Medical and sanitary report of the native army of Bengal for the year
Year: 1878
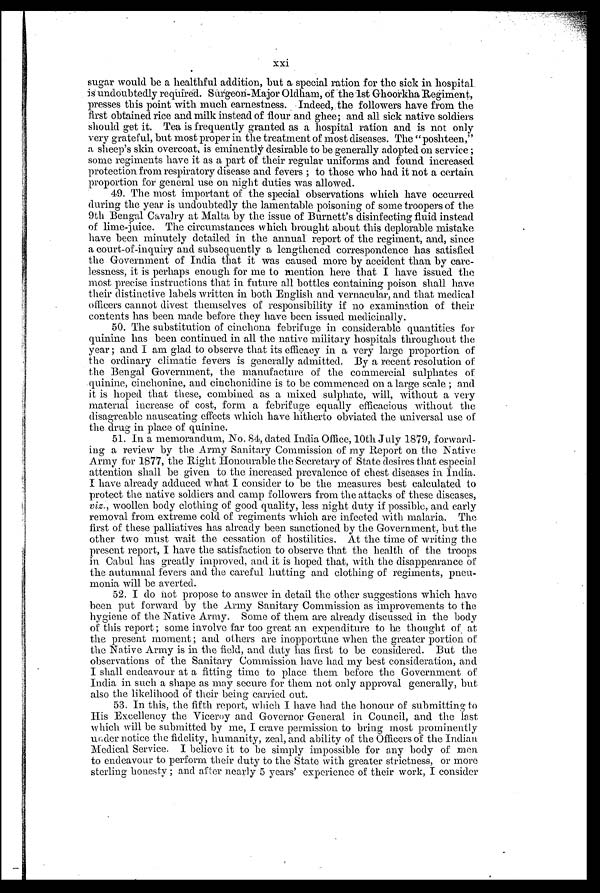
xxi
sugar would be a healthful addition, but a special ration for the sick in hospital
is undoubtedly required. Surgeon-Major Oldham, of the 1.st Ghoorkha Regiment,
presses this point with much earnestness. Indeed, the followers have from the
first obtained rice and milk instead of flour and ghee; and all sick native soldiers
should get it. Tea is frequently granted as a hospital ration and is not only
very grateful, but most proper in the treatment of most diseases. The "poshteen,"
a sheep's skin overcoat, is eminently desirable to be generally adopted on service;
some regiments have it as a part of their regular uniforms and found increased
protection from respiratory disease and fevers; to those who had it not a certain
proportion for general use on night duties was allowed.
49. The most important of the special observations which have occurred
during the year is undoubtedly the lamentable poisoning of some troopers of the
9th Bengal Cavalry at Malta by the issue of Burnett's disinfecting fluid instead
of lime-juice. The circumstances which brought about this deplorable mistake
have been minutely detailed in the annual report of the regiment, and, since
a court-of-inquiry and subsequently a lengthened correspondence has satisfied
the Government of India that it was caused more by accident than by care--
lessness, it is perhaps enough for me to mention here that I have issued the
most precise instructions that in future all bottles containing poison shall have
their distinctive labels written in both English and vernacular, and that medical
officers cannot divest themselves of responsibility if no examination of their
contents has been made before they have been issued medicinally.
50. The substitution of cinchona febrifuge in considerable quantities for
quinine has been continued in all the native military hospitals throughout the
year; and I am glad to observe that its efficacy in a very large proportion of
the ordinary climatic fevers is generally admitted. By a recent resolution of
the Bengal Government, the manufacture of the commercial sulphates of
quinine, cinchonine, and cinchonidine is to be commenced on a large scale; and
it is hoped that these, combined as a mixed sulphate, will, without a very
material increase of cost, form a febrifuge equally efficacious without the
disagreable nauseating effects which have hitherto obviated the universal use of
the drug in place of quinine.
51. In a memorandum, No. 84, dated India Office, 10th July 1879, forward-
- i n g a r e v i e w b y t h e A r m y S a n i t a r y C o m m i s s i o n o f m y R e p o r t o n t h e N a t i v e
Army for 1877, the Right Honourable the Secretary of State desires that especial
attention shall be given to the increased prevalence of chest diseases in India.
I have already adduced what I consider to be the measures best calculated to
protect the native soldiers and camp followers from the attacks of these diseases,
viz., woollen body clothing of good quality, less night duty if possible, and early
removal from extreme cold of regiments which are infected with malaria. The
first of these palliatives has already been sanctioned by the Government, but the
other two must wait the cessation of hostilities. At the time of writing the
present report, I have the satisfaction to observe that the health of the troops
in Cabal has greatly improved, and it is hoped that, with the disappearance of
the autumnal fevers and the careful hutting and clothing of regiments, pneu
- m o n i a w i l l b e a v e r t e d .
52. I do not propose to answer in detail the other suggestions which have
been put forward by the Army Sanitary Commission as improvements to the
hygiene of the Native Army. Some of them are already discussed in the body
of this report; some involve far too great an expenditure to he thought of at
the present moment; and others are inopportune when the greater portion of
the Native Army is in the field, and duty has first to be considered. But the
observations of the Sanitary Commission have had my best consideration, and
I shall endeavour at a fitting time to place them before the Government of
India in such a shape as may secure for them not only approval generally, but
also the likelihood of their being carried out.
53. In this, the fifth report, which I have had the honour of submitting to
His Excellency the Viceroy and Governor General in Council, and the last
which will be submitted by me, I crave permission to bring most prominently
under notice the fidelity, humanity, zeal, and ability of the Officers of the Indian.
Medical Service. I believe it to be simply impossible for any body of men
to endeavour to perform their duty to the State with greater strictness, or more
sterling honesty; and after nearly 5 years' experience of their work, I consider